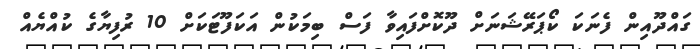
ގައްދޫއިން ފެނަކަ ކޯޕަރޭޝަނަށް ދޫކޮށްފައިވާ ފަސް ބިމަކުން އަކަފޫޓަކަށް 10 ރުފިޔާގެ ކުއްޔެއް